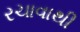
રચાવાથી